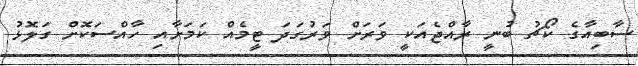
ސާބިއާގެ ކޯޗު ބުނީ ރާއްޖެއަކީ ވަރަށް ވަރުގަދަ ޓީމެއް ކަމަށާއި ހާއްސަކޮށް ގަލޮޅު